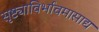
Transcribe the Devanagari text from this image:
सृष्ट्याविर्भावमासाद्य